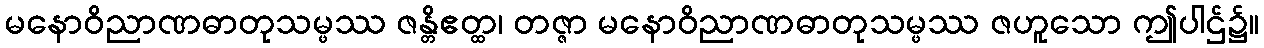
မနောဝိညာဏဓာတုသမ္ဖဿ ဇန္တိဧတ္ထ၊ တဇ္ဇာ မနောဝိညာဏဓာတုသမ္ဖဿ ဇဟူသော ဤပါဌ်၌။